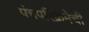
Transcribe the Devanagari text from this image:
पंचपरिक्रमेची